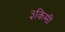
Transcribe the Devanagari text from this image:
३किमी